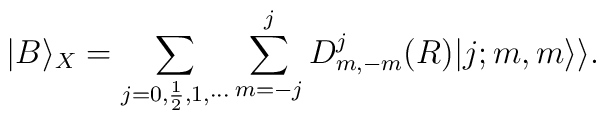
|B\rangle_{X} =\sum_{j=0,\frac{1}{2},1,\cdots}\sum_{m=-j}^{j}D^j_{m,-m}(R)|j;m,m\rangle\rangle.